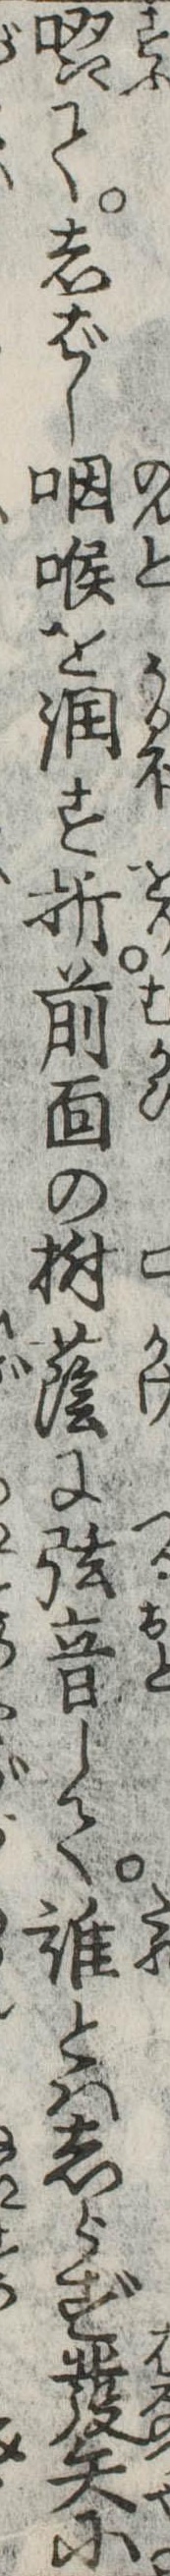
啜てしばし咽喉を潤す折前面の樹蔭に弦音して誰とはしらず発矢に